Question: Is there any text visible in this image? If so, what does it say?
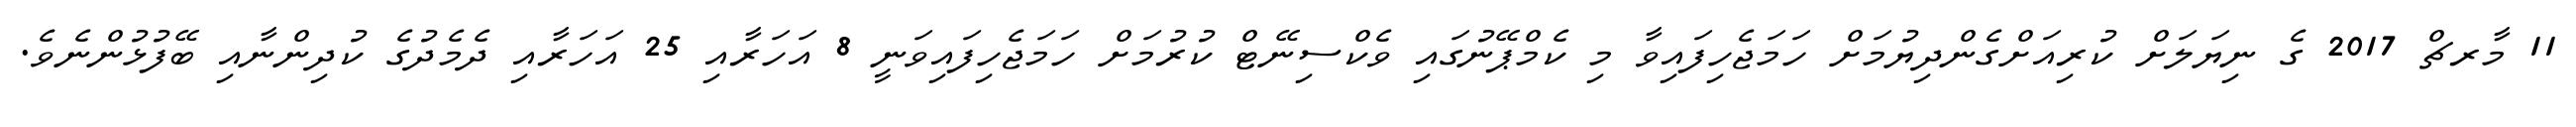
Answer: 11 މާރޗް 2017 ގެ ނިޔަލަށް ކުރިއަށްގެންދިޔުމަށް ހަމަޖެހިފައިވާ މި ކެމްޕޭނުގައި ވެކްސިނޭޓް ކުރުމަށް ހަމަޖެހިފައިވަނީ 8 އަހަރާއި 25 އަހަރާއި ދެމެދުގެ ކުދިންނާއި ބޭފުޅުންނެވެ.